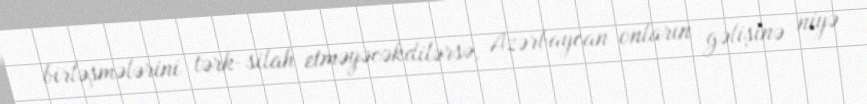
birləşmələrini tərk-silah etməyəcəkdilərsə, Azərbaycan onların gəlişinə niyə